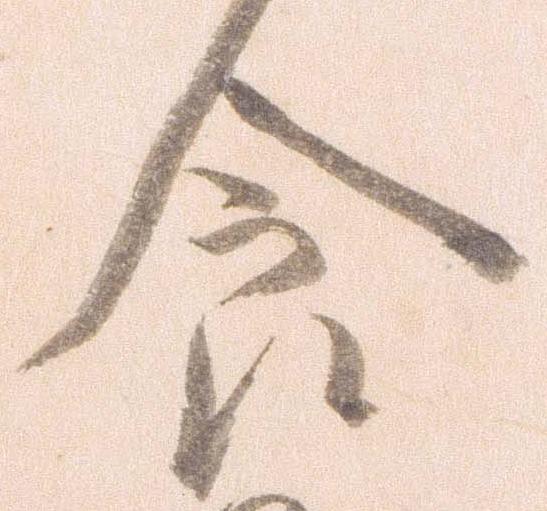
食